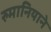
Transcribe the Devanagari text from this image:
रुमानियाने